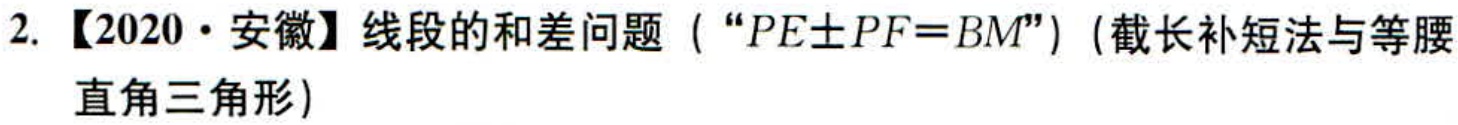
2. 【2020·安徽】线段的和差问题（“\(PE\pm PF = BM\)”）（截长补短法与等腰直角三角形）